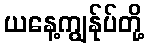
ယနေ့ကျွန်ုပ်တို့